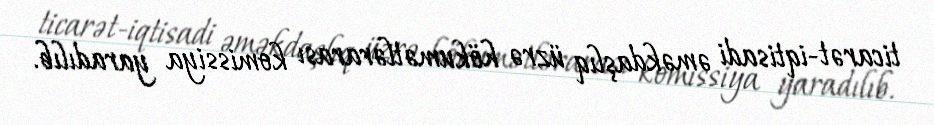
ticarət-iqtisadi əməkdaşlıq üzrə hökumətlərarası komissiya yaradılıb.